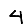
Digit: 4